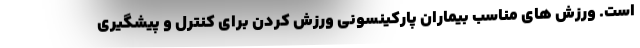
است. ورزش های مناسب بیماران پارکینسونی ورزش کردن برای کنترل و پیشگیری